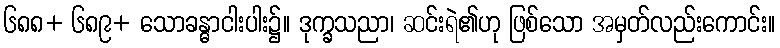
၆၈၈+ ၆၈၉+ သောခန္ဓာငါးပါး၌။ ဒုက္ခသညာ၊ ဆင်းရဲ၏ဟု ဖြစ်သော အမှတ်လည်းကောင်း။